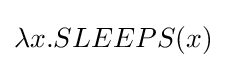
\lambda x.SLEEPS(x)